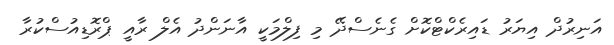
އަނިރުދް އިޔަރު ޑައިރެކްޓްކޮށް ގެނެސްދޭ މި ފިލްމަކީ އާނަންދު އެލް ރާއީ ޕްރޮޑިއުސްކުރާ